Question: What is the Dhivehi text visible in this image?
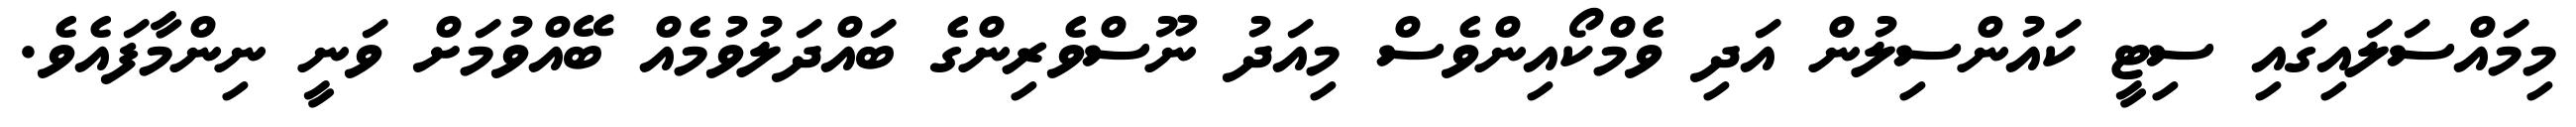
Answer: މިމައްސަލައިގައި ސިޓީ ކައުންސިލުން އަދި ވެމްކޯއިންވެސް މިއަދު ނޫސްވެރިންގެ ބައްދަލުވުމެއް ބޭއްވުމަށް ވަނީ ނިންމާފައެވެ.